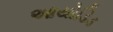
આયોડિડ